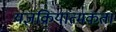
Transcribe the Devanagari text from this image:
यज्ञक्रियात्मकता